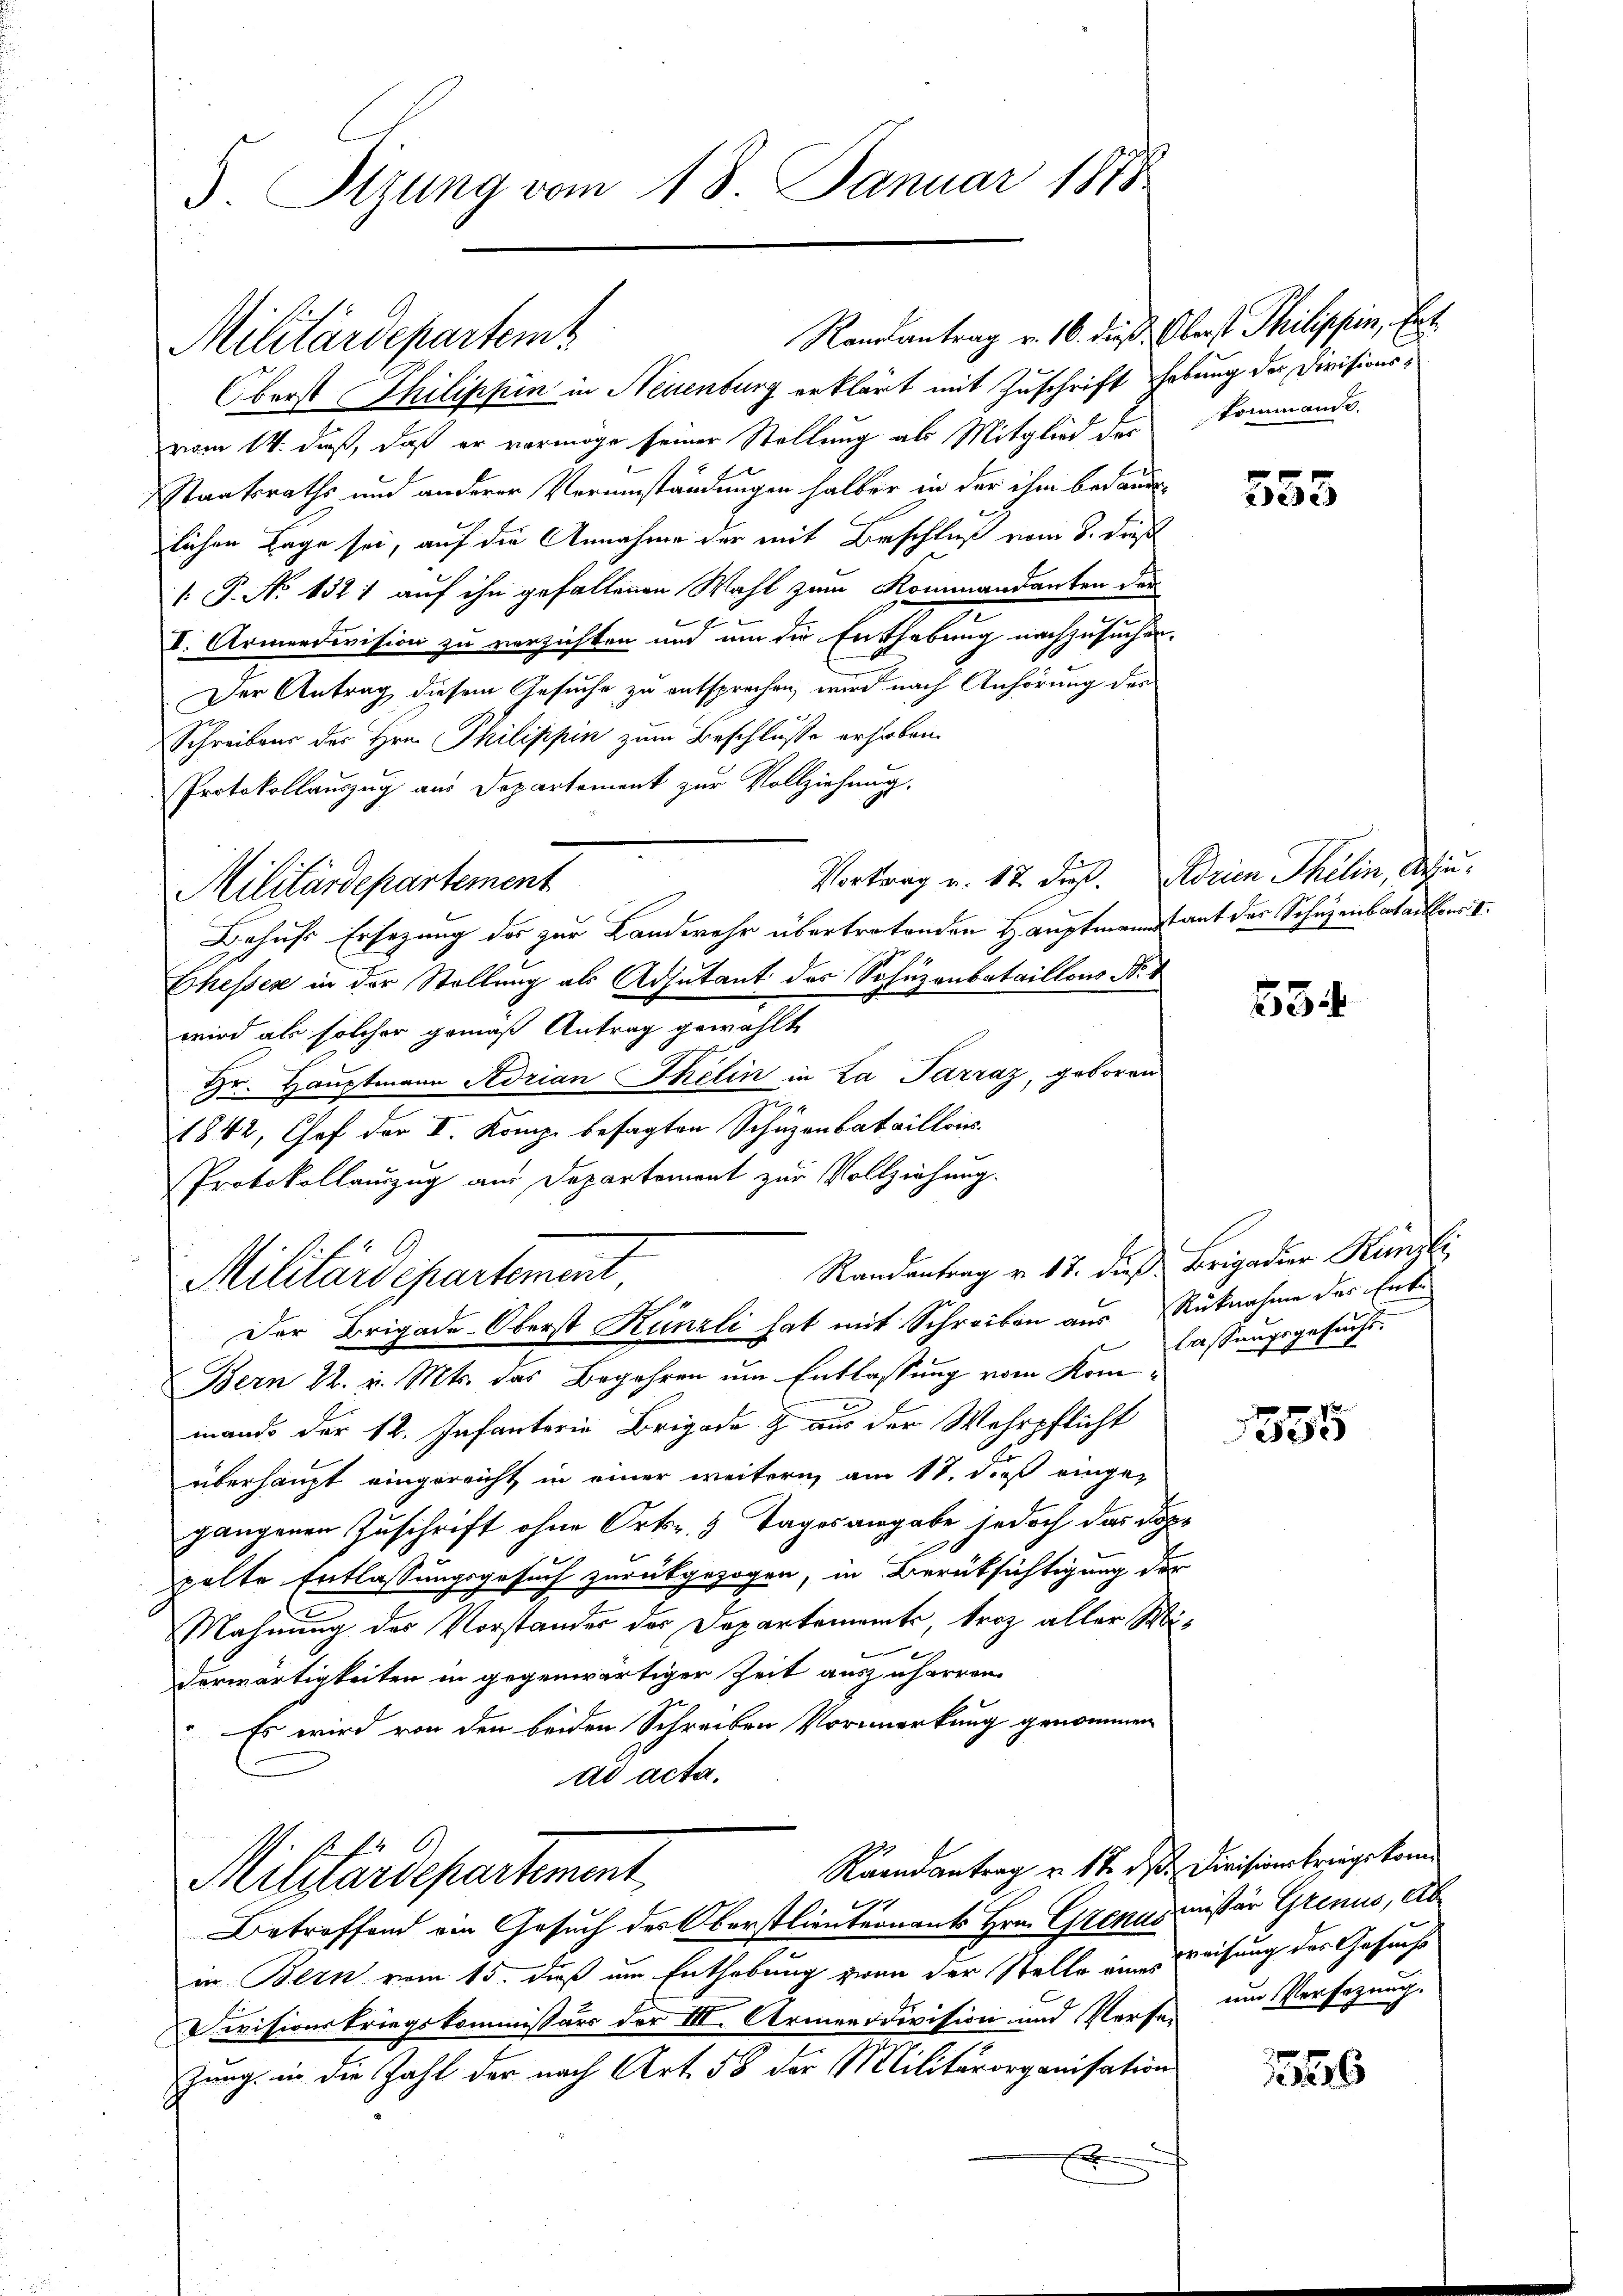
5 Sizung vom 18. Januar 1848

Ranantrag v. 16. dieß. Oberst Philippin, Ert
Militärdepartemt
Oberst Thilippin in Neuenburg erklärt mit Zuschrift hebung der Devisionsvom 14. daß, daß er vermöge seiner Stellung als Mitglied der
Staatsraths und anderer Verumständungen halber in der ihm bedaue
lichen Tage sei, auf die Annahme der mit Beschluß vom 8. dieß
 P. No 1321 auf ihn gefallenen Wahl zum Kommandanten der
I. Armendivision zu verzichten und um die Enthebung nachzusuchen.
Der Antrag diesem Gesuche zu entsprochen, wird nach Anhörung der
Schreibens des Hrn. Philippin zum Beschlusse erhoben.
Protokollauszug aus Departement zur Vollziehung.
Vortrag u. 17 dieß. Adrien Thelin, Au¬
Militärdepartement
Behufs Ersezung des zur Landwehr übertretenden Hauptmann aut des Schuzenbataillons I
Chesses in der Stellung als Adjutant des Sofuzonbataillons Not
wird als solcher gemäß Antrag gewählt
Hr. Hauptmann Adrian Skelin in La Parraz, geboren
1842, Chef der I. Komp. besagten Schüzenbataillois.
Protokollauzug aus Departement zur Vollziehung.
Randantrag v. 17. dieß Brigadier Künzli
Militärdepartement,

Der Brigade-Oberst Künzli hat mit Schreiben aus Rücknahme des Ent¬

Bern 22. v. Mts. das Begehren um Entlassung vom Kommand der 12. Infanterie Brigade & aus der Wehrpflicht
überhaupt eingereicht in einer weitern am 18. dieß eingegangenen Zuschrift ohne Orts. 3 Tagesangabe jedoch das Doppelte Entlassungsgesuch zurückgezogen, in Berüksichtigung der
Mahnung des Vorstandes der Departements, trotz aller Mi¬
B
derwärtigkeiten in gegenwärtiger Zeit auszuharren.
Es wird von den beiden Schreiben Vormerkung genommen
ad acta.
Raandantrag u. 17. ds. Divisionskriegskom¬
Militärdepartement
e
Betreffend ein Gesuch des Oberstlieuternant Hrn. Ostenus cessor Grinus, Ab
in Bern vom 15. dieß um Enthebung zwar der Stelle eines weisung des Gesucht
Devisionskriegskommissärs der III. Armeeddivision und Verse im Versezung.
zung in die Zahl der nach Art. 58 der Militärorganisation
x

kommande.

553

63

lassungsgesucht.

1555

1556